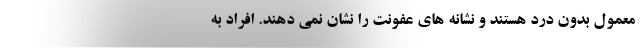
معمول بدون درد هستند و نشانه های عفونت را نشان نمی دهند. افراد به